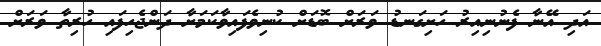
އަދި އޭނާ ފެނުނިއިރު ހަށިގަނޑު ވަރަށް ބޮޑަށް ކުނިވެފައިވާކަމަށާ ދަންޖެހިފައި ހުރިތާ ވަރަށް